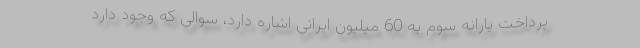
پرداخت یارانه سوم به 60 میلیون ایرانی اشاره دارد، سوالی که وجود دارد